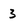
Character: 3